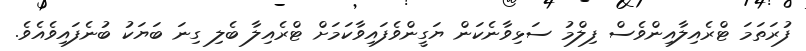
ފުރަތަމަ ޓްރެއިލާއިންވެސް ފިލްމު ސަޅިވާނެކަން ޔަގީންވެފައިވާކަމަށް ޓްރެއިލާ ބެލި ގިނަ ބަޔަކު ބުނެފައިވެއެވެ.